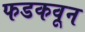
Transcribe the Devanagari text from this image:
फडकवून